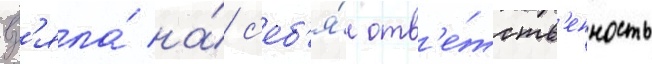
вз'яла́ на́ с'еб'я́ отв'е́тств'енность